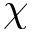
\chi